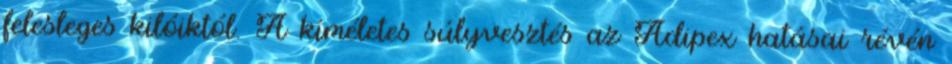
felesleges kilóiktól. A kíméletes súlyvesztés az Adipex hatásai révén